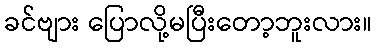
ခင်ဗျား ပြောလို့မပြီးတော့ဘူးလား။